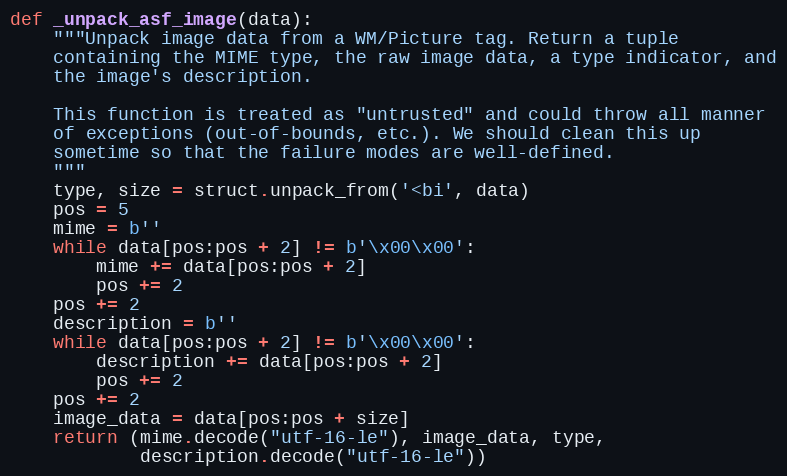
Language: Python
def _unpack_asf_image(data):
    """Unpack image data from a WM/Picture tag. Return a tuple
    containing the MIME type, the raw image data, a type indicator, and
    the image's description.

    This function is treated as "untrusted" and could throw all manner
    of exceptions (out-of-bounds, etc.). We should clean this up
    sometime so that the failure modes are well-defined.
    """
    type, size = struct.unpack_from('<bi', data)
    pos = 5
    mime = b''
    while data[pos:pos + 2] != b'\x00\x00':
        mime += data[pos:pos + 2]
        pos += 2
    pos += 2
    description = b''
    while data[pos:pos + 2] != b'\x00\x00':
        description += data[pos:pos + 2]
        pos += 2
    pos += 2
    image_data = data[pos:pos + size]
    return (mime.decode("utf-16-le"), image_data, type,
            description.decode("utf-16-le"))